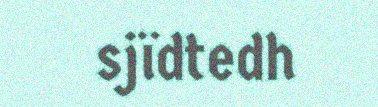
sjïdtedh